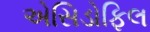
એસિડોફિલ